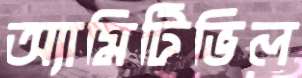
অ্যামিটিভিল